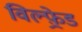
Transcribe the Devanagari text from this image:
विल्फ़्रेड